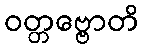
ဝတ္တဗ္ဗောတိ